Investigations into the jail dietaries of the United Provinces with some observations on the influence of dietary on the physical development and well-being of the people of the United Provinces - Number 48
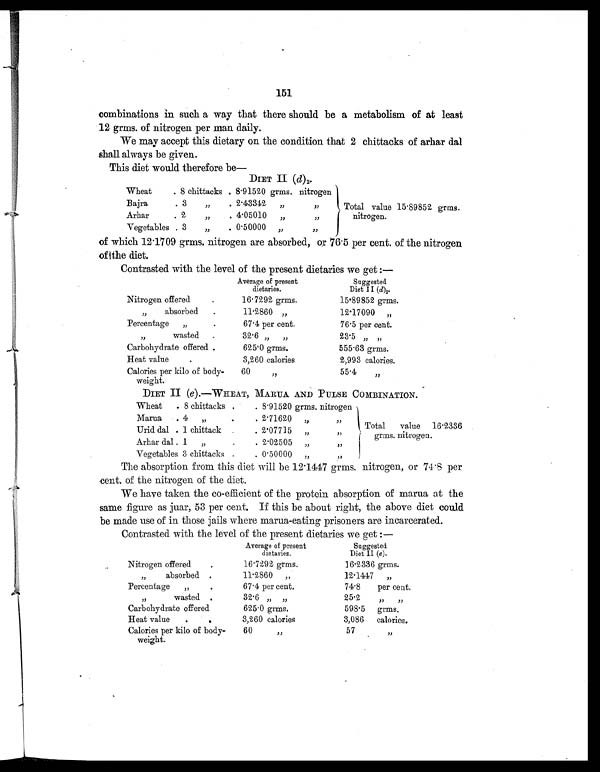
151
combinations in such a way that there should be a metabolism of at least
12 grms. of nitrogen per man daily.
We may accept this dietary on the condition that 2 chittacks of arhar dal
shall always be given.
This diet would therefore be—
DIET II ( d) 2.
Wheat
. 8 chittacks . 8.91520 grms. nitrogen
Total value 15 . 89852 grms.
nitrogen.
Bajra
. 3
„
. 2 . 43312
„
,,
Arhar
. 2
„
. 4 . 05010
„
„
Vegetables . 3
„
. 0 . 50000
„
,,
of which 12 . 1709 grms. nitrogen are absorbed, or 76 . 5 per cent. of the nitrogen
of the diet.
Contrasted with the level of the present dietaries we get :—
Average of present
dietaries.
Suggested
Diet II ( d)2.
Nitrogen offered
.
16 . 7292 grms.
15.89852 grms.
,, absorbed
.
11.2860 „
12.17090 „
Percentage „
.
67 . 4 per cent.
76.5 per cent.
,, wasted
.
32.6 „ „
23.5 ,, ,,
Carbohydrate offered
.
625.0 grms.
555.63 grms.
Heat value
.
3,260 calories
2,993 calories.
Calories per kilo of body-
weight.
60 ,,
55.4 ,,
DIET II ( e).—WHEAT, MARUA AND PULSE COMBINATION.
Wheat
. 8 chittacks .
. 8 . 91520 grins. nitrogen
Total value 16.2336
grms. nitrogen.
Marua
. 4
„
.
. 2 . 71620
„
, ,
Urid dal . 1 chittack
. 2.07715 „
, ,
Arhar dal
.
1
„
.
. 2 . 02505
„
,,
Vegetables 3 chittacks .
. 0 . 50000
„
, ,
The absorption from this diet will be 12.1447 grms. nitrogen, or 74 .8 per
cent. of the nitrogen of the diet.
We have taken the co-efficient of the protein absorption of marua at the
same figure as juar, 53 per cent. If this be about right, the above diet could
be made use of in those jails where marua-eating prisoners are incarcerated.
Contrasted with the level of the present dietaries we get :—
Average of present
dietaries.
Suggested
Diet II (e ).
Nitrogen offered
.
16.7292 grms.
16.2336 grms.
,, absorbed .
11.2860 „
12.1447 „
Percentage „
.
67 . 4 per cent.
74.8 per cent.
,, wasted .
32.6 „ „
25.2 ,, ,,
Carbohydrate offered
625.0 grms.
598.5 grms.
Heat value
.
.
3,260 calories
3,086 calories.
Calories per kilo of body-
weight.
60 ,,
57 ,,